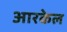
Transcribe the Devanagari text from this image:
आरकेल